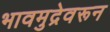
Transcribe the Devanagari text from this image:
भावमुद्रेवरून